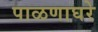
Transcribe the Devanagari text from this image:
पाळणाघरे